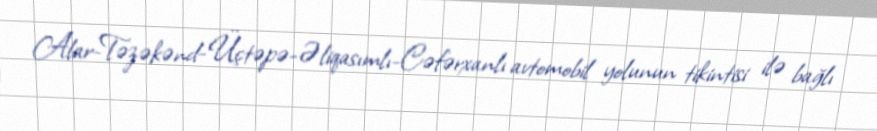
Alar-Təzəkənd-Üçtəpə-Əliqasımlı-Cəfərxanlı avtomobil yolunun tikintisi ilə bağlı